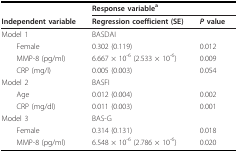
<table><thead><tr><td></td><td colspan="2"><b>Response variable<sup>a</sup></b></td></tr><tr><td><b>Independent variable</b></td><td><b>Regression coefficient (SE)</b></td><td><b><i>P </i>value</b></td></tr></thead><tbody><tr><td>Model 1</td><td>BASDAI</td><td></td></tr><tr><td> Female</td><td>0.302 (0.119)</td><td>0.012</td></tr><tr><td> MMP-8 (pg/ml)</td><td>6.667 × 10<sup>-6 </sup>(2.533 × 10<sup>-6</sup>)</td><td>0.009</td></tr><tr><td> CRP (mg/l)</td><td>0.005 (0.003)</td><td>0.054</td></tr><tr><td>Model 2</td><td>BASFI</td><td></td></tr><tr><td> Age</td><td>0.012 (0.004)</td><td>0.002</td></tr><tr><td> CRP (mg/dl)</td><td>0.011 (0.003)</td><td>0.001</td></tr><tr><td>Model 3</td><td>BAS-G</td><td></td></tr><tr><td> Female</td><td>0.314 (0.131)</td><td>0.018</td></tr><tr><td> MMP-8 (pg/ml)</td><td>6.548 × 10<sup>-6 </sup>(2.786 × 10<sup>-6</sup>)</td><td>0.020</td></tr></tbody></table>